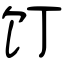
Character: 饤